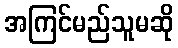
အကြင်မည်သူမဆို